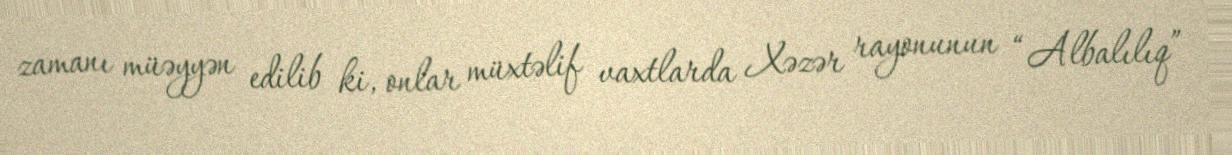
zamanı müəyyən edilib ki, onlar müxtəlif vaxtlarda Xəzər rayonunun “Albalılıq”